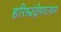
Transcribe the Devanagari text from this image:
हरिश्चंद्रोपाख्यान